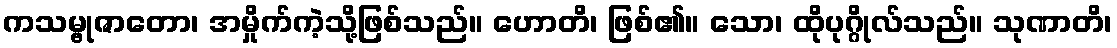
ကသမ္ဗုဇာတော၊ အမှိုက်ကဲ့သို့ဖြစ်သည်။ ဟောတိ၊ ဖြစ်၏။ သော၊ ထိုပုဂ္ဂိုလ်သည်။ သုဏာတိ၊